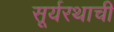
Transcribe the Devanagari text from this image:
सूर्यरथाची